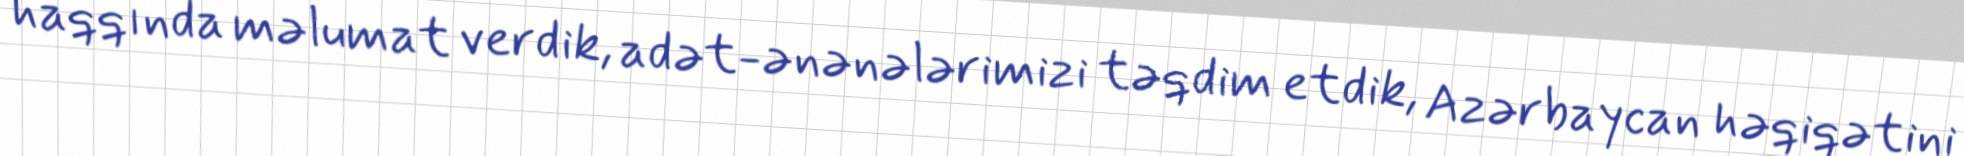
haqqında məlumat verdik, adət-ənənələrimizi təqdim etdik, Azərbaycan həqiqətini